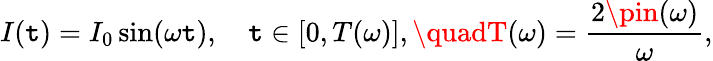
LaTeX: I(\mathtt{t})=I_{0}\sin(\omega\mathtt{t}),\quad\mathtt{t}\in[0,T(\omega)],\quadT(\omega)=\frac{{2\pin(\omega)}}{{\omega}},